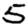
Digit: 5